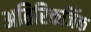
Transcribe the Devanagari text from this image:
अतिरिक्तजिंक